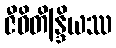
ဇီဝိတိန္ဒြိယဿ